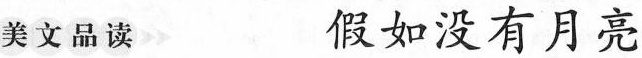
美文品读 假如没有月亮